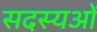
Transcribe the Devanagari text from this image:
सदस्यओं